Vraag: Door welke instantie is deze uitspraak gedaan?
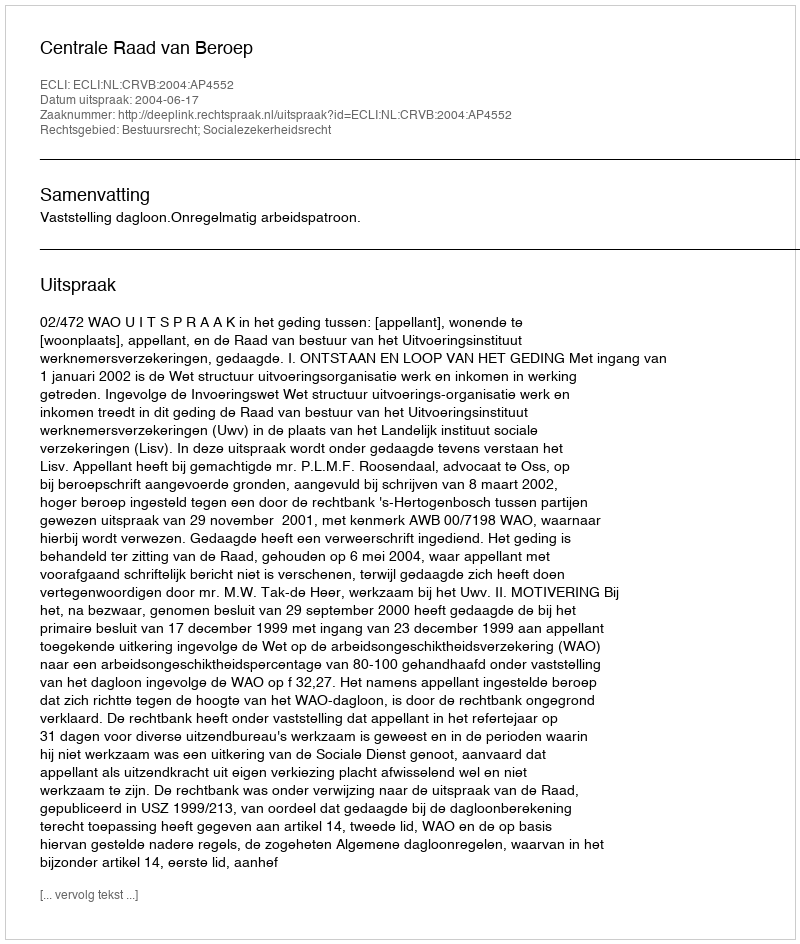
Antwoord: Centrale Raad van Beroep